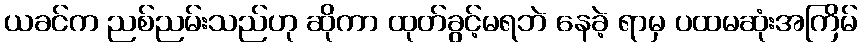
ယခင်က ညစ်ညမ်းသည်ဟု ဆိုကာ ထုတ်ခွင့်မရဘဲ နေခဲ့ ရာမှ ပထမဆုံးအကြိမ်